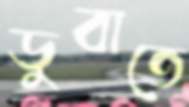
ডুবাতে